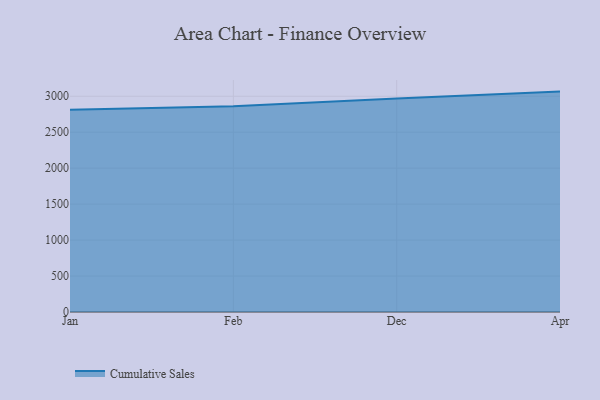
{"axis": {"x": "Month", "y": "Headcount"}, "legend": ["Cumulative Sales"], "data": [{"x": "Jan", "y": 2812.3, "type": "Cumulative Sales"}, {"x": "Feb", "y": 2859.8, "type": "Cumulative Sales"}, {"x": "Dec", "y": 2968.2, "type": "Cumulative Sales"}, {"x": "Apr", "y": 3064.5, "type": "Cumulative Sales"}]}